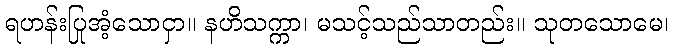
ရဟန်းပြုအံ့သောငှာ။ နဟိသက္ကာ၊ မသင့်သည်သာတည်း။ သုတသောမေ၊